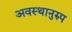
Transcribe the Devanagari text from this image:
अवस्थानुरुप